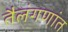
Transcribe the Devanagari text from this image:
तैलंगणांत